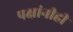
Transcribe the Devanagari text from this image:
पक्षांनीही